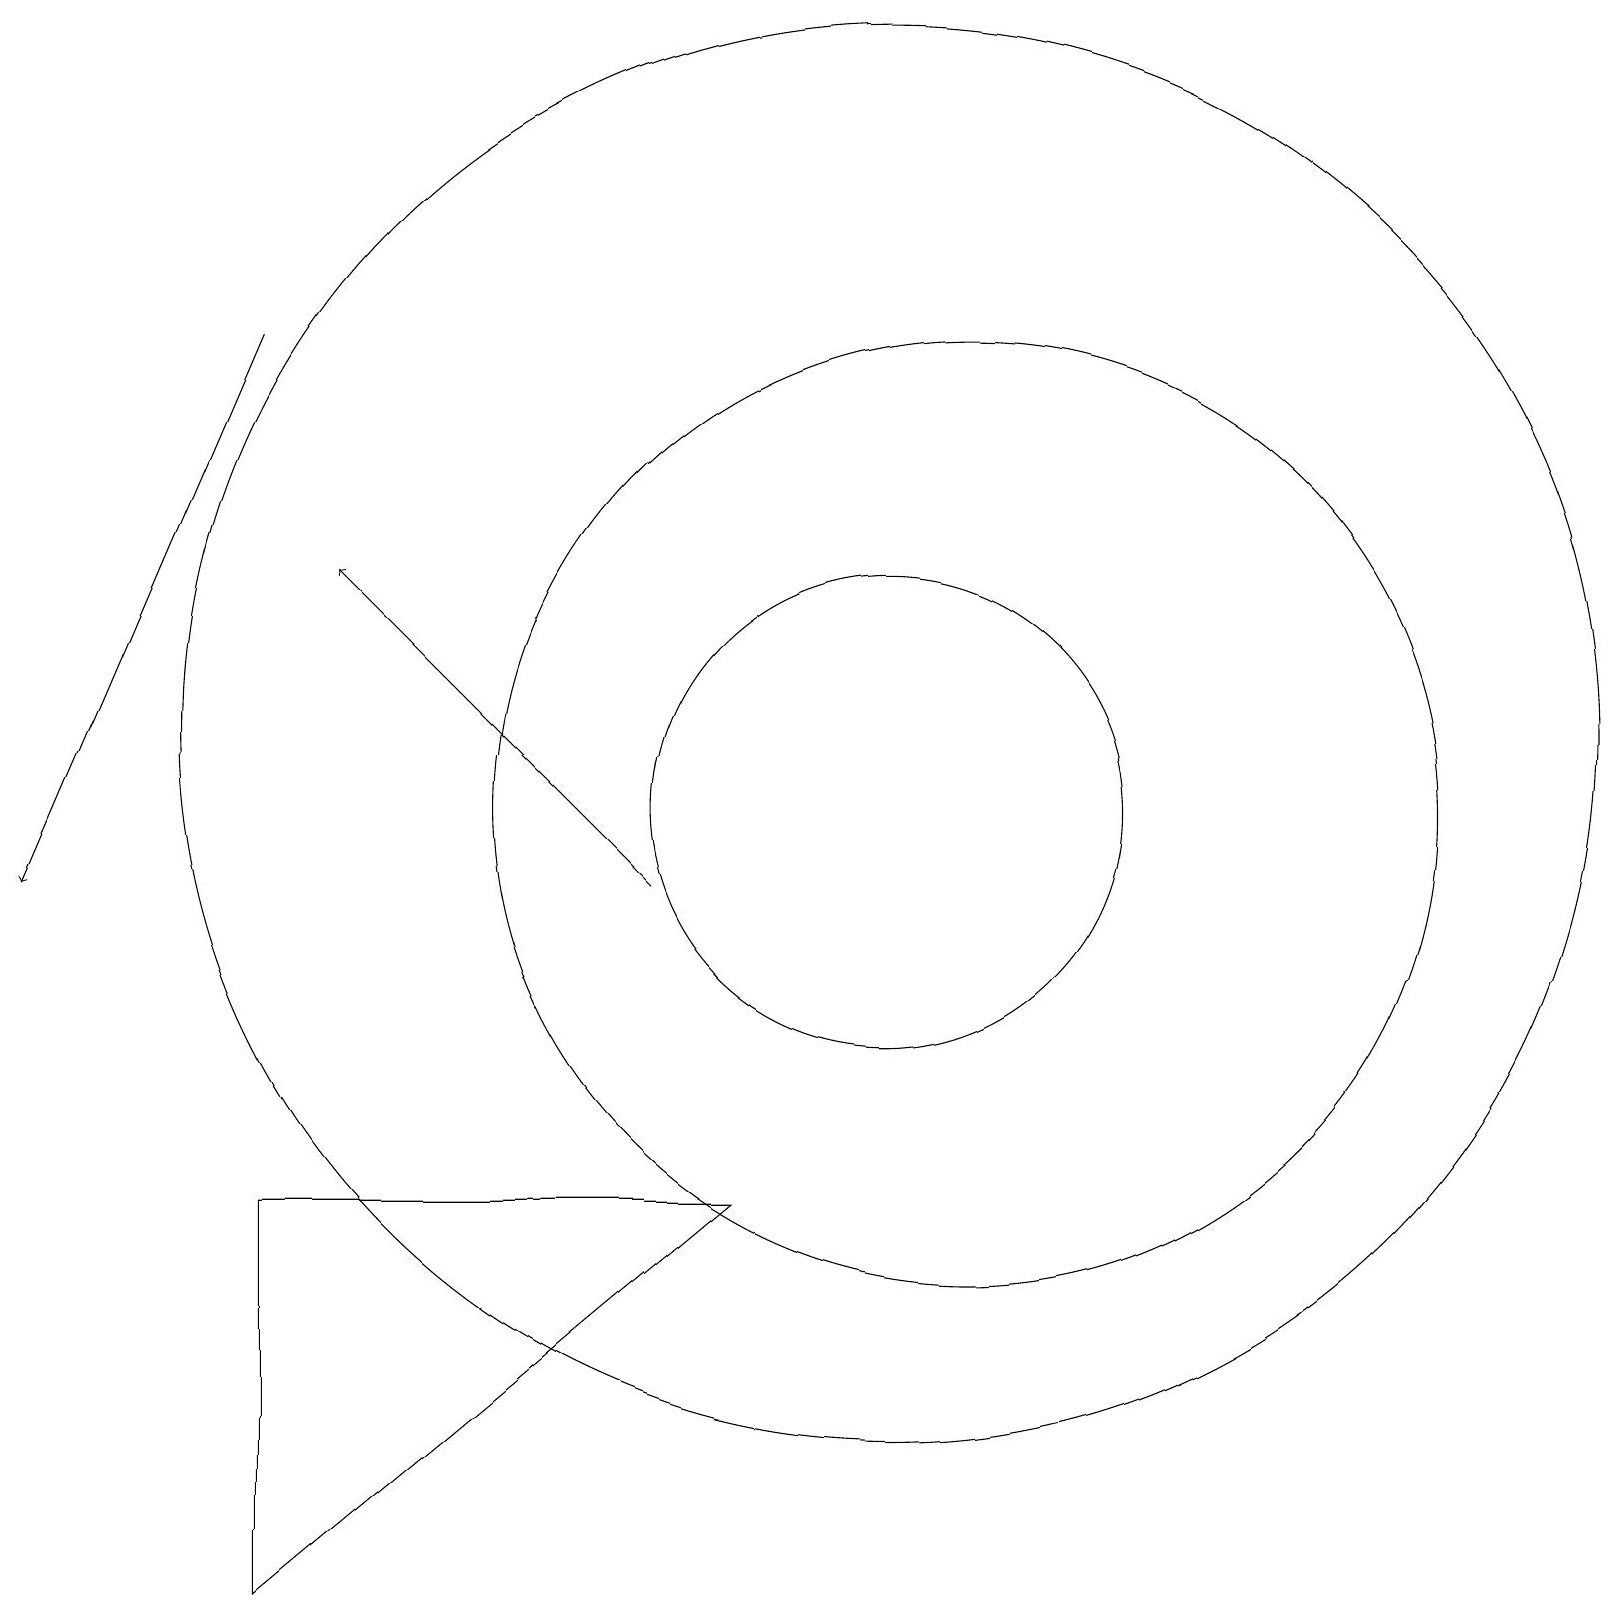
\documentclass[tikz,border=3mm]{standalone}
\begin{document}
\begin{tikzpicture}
\draw (11,11) circle (3);
\draw[->] (3,17) -- (0,10);
\draw[->] (8,10) -- (4,14);
\draw (3,1) -- (3,6) -- (9,6) -- cycle;
\draw (12,11) circle (6);
\draw (11,12) circle (9);
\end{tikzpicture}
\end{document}